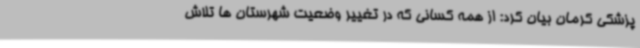
پزشکی کرمان بیان کرد: از همه کسانی که در تغییر وضعیت شهرستان ها تلاش